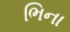
ભિના